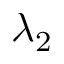
\lambda _ { 2 }